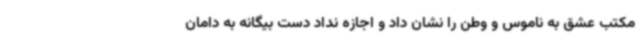
مکتب عشق به ناموس و وطن را نشان داد و اجازه نداد دست بیگانه به دامان